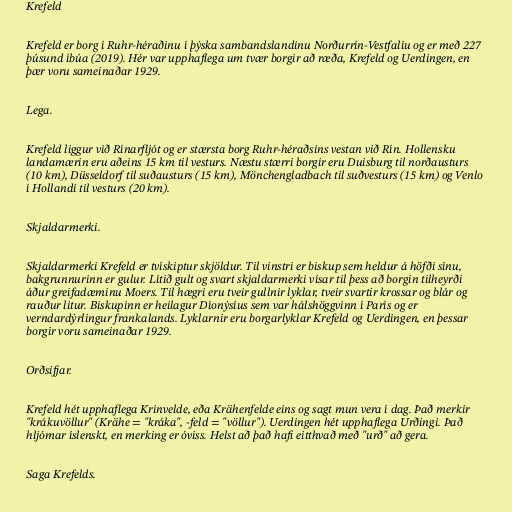
Krefeld

Krefeld er borg í Ruhr-héraðinu í þýska sambandslandinu Norðurrín-Vestfalíu og er með 227
þúsund íbúa (2019). Hér var upphaflega um tvær borgir að ræða, Krefeld og Uerdingen, en
þær voru sameinaðar 1929.

Lega.

Krefeld liggur við Rínarfljót og er stærsta borg Ruhr-héraðsins vestan við Rín. Hollensku
landamærin eru aðeins 15 km til vesturs. Næstu stærri borgir eru Duisburg til norðausturs
(10 km), Düsseldorf til suðausturs (15 km), Mönchengladbach til suðvesturs (15 km) og Venlo
í Hollandi til vesturs (20 km).

Skjaldarmerki.

Skjaldarmerki Krefeld er tvískiptur skjöldur. Til vinstri er biskup sem heldur á höfði sínu,
bakgrunnurinn er gulur. Lítið gult og svart skjaldarmerki vísar til þess að borgin tilheyrði
áður greifadæminu Moers. Til hægri eru tveir gullnir lyklar, tveir svartir krossar og blár og
rauður litur. Biskupinn er heilagur Díonýsíus sem var hálshöggvinn í París og er
verndardýrlingur frankalands. Lyklarnir eru borgarlyklar Krefeld og Uerdingen, en þessar
borgir voru sameinaðar 1929.

Orðsifjar.

Krefeld hét upphaflega Krinvelde, eða Krähenfelde eins og sagt mun vera í dag. Það merkir
"krákuvöllur" (Krähe = "kráka", -feld = "völlur"). Uerdingen hét upphaflega Urðingi. Það
hljómar íslenskt, en merking er óviss. Helst að það hafi eitthvað með "urð" að gera.

Saga Krefelds.